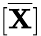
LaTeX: [\overline{{\mathbf{X}}}]